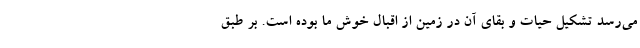
می‌رسد تشکیل حیات و بقای آن در زمین از اقبال خوش ما بوده است. بر طبق